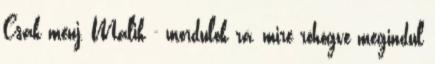
Csak menj, Malik - mordulok rá, mire röhögve megindul